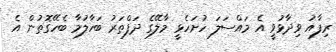
ރިފާއު ވިދާޅުވީ އެ މައްސަލަ ހުށަހެޅީ މާލޭގެ ދަފްތަރު ބަހާލުމާ ބެހޭގޮތުން އެ